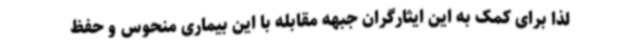
لذا برای کمک به این ایثارگران جبهه مقابله با این بیماری منحوس و حفظ